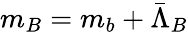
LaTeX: m_{B}=m_{b}+\bar{\Lambda}_{B}